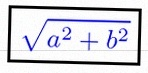
\sqrt{a^2+b^2}